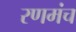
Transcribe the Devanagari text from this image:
रणमंच